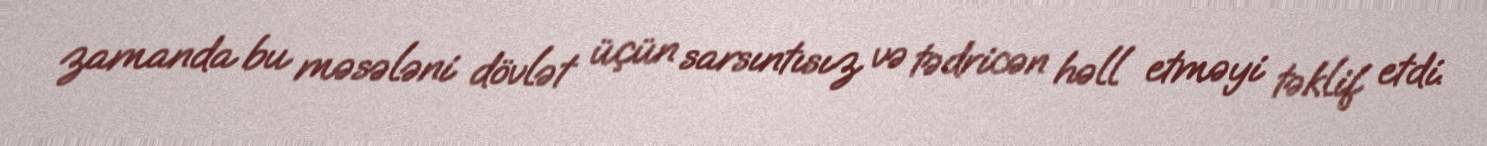
zamanda bu məsələni dövlət üçün sarsıntısız və tədricən həll etməyi təklif etdi.